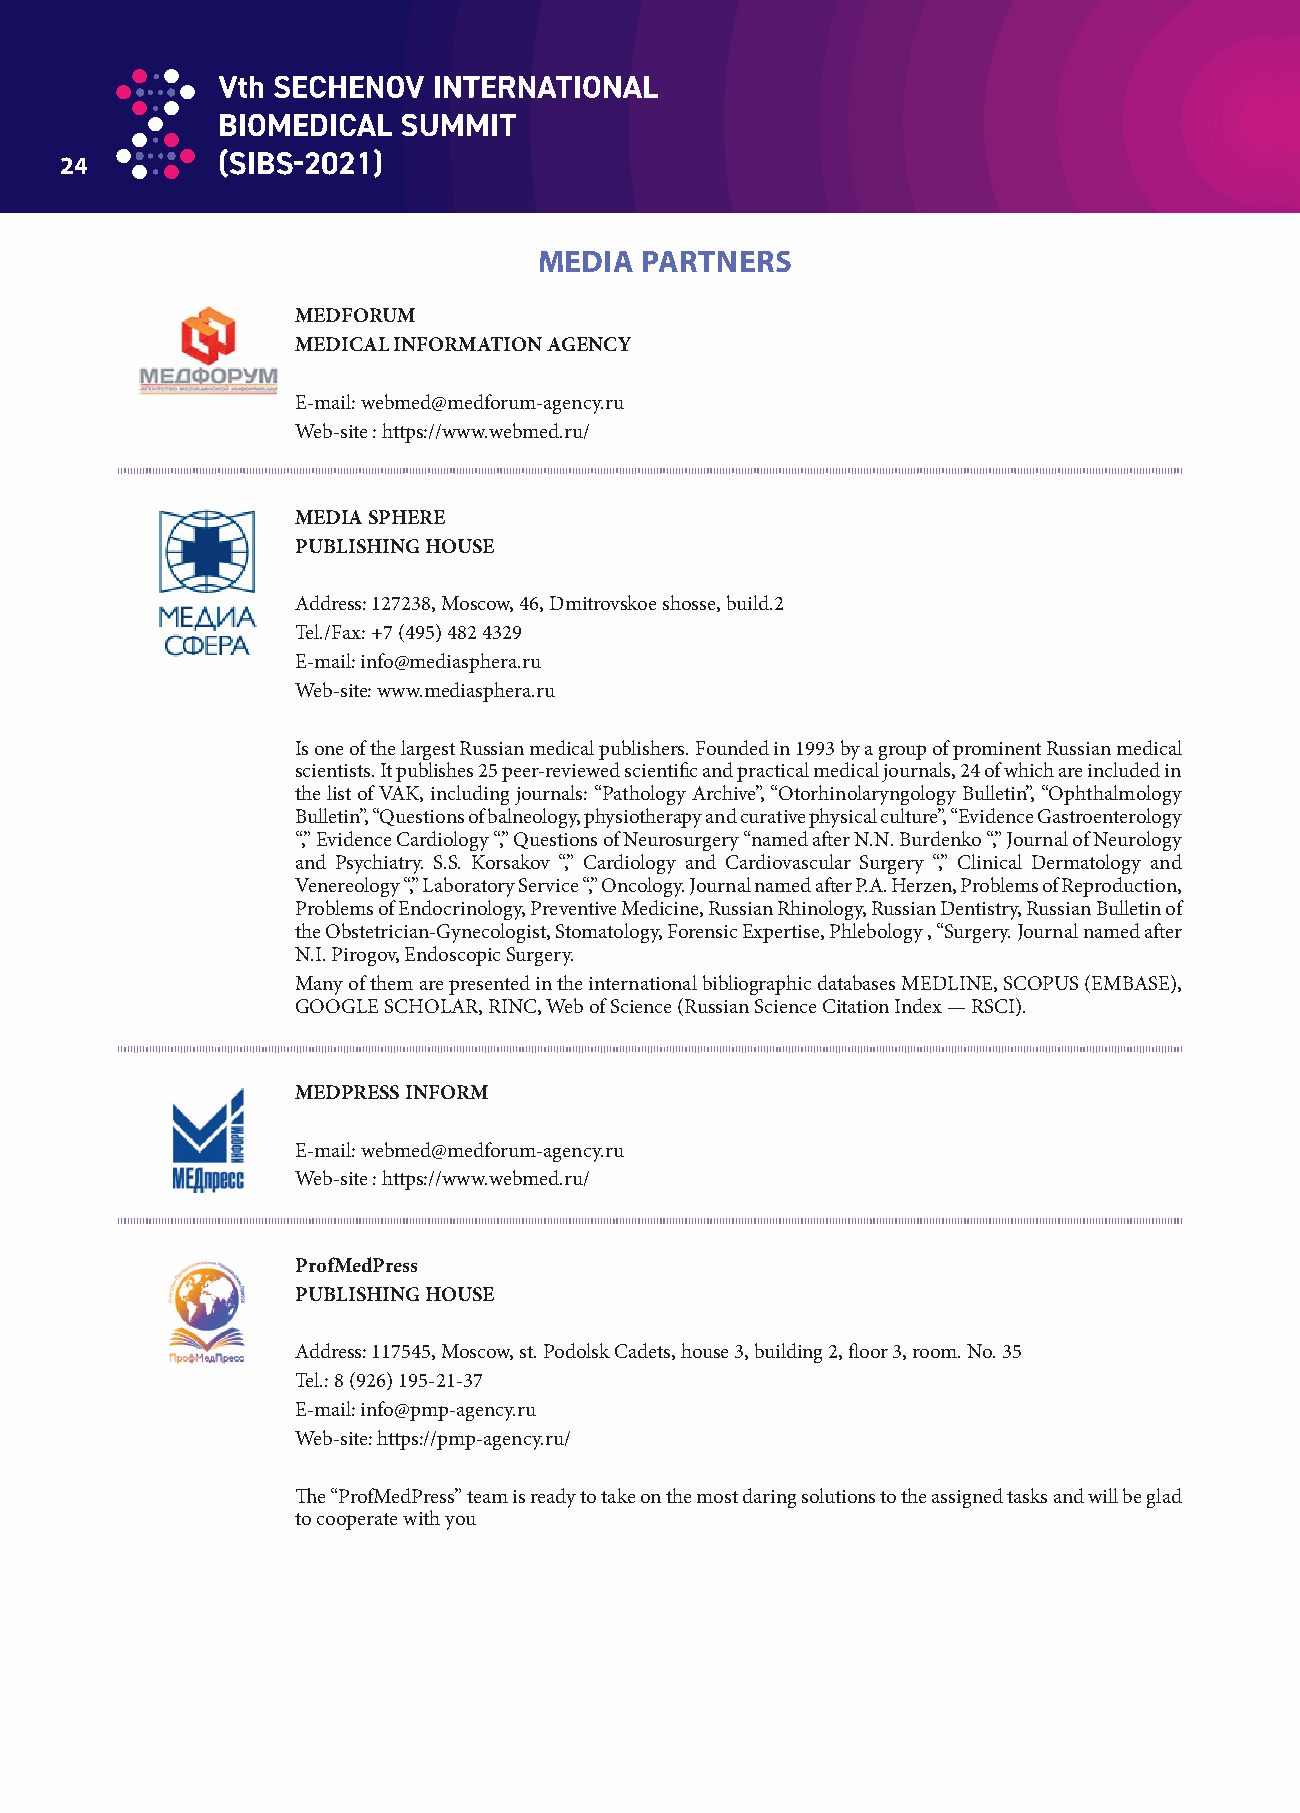
24
 MEDIA PARTNERS
 MEDFORUM
 MEDICAL INFORMATION AGENCY
 E-mail: webmed@medforum-agency.ru
 Web-site : https://www.webmed.ru/
 MEDIA SPHERE
 PUBLISHING HOUSE
 Address: 127238, Moscow, 46, Dmitrovskoe shosse, build.2
 Tel./Fax: +7 (495) 482 4329
 E-mail: info@mediasphera.ru
 Web-site: www.mediasphera.ru
 Is one of the largest Russian medical publishers. Founded in 1993 by a group of prominent Russian medical
 scientists. It publishes 25 peer-reviewed scientifi c and practical medical journals, 24 of which are included in
 the list of VAK, including journals: “Pathology Archive”, “Otorhinolaryngology Bulletin”, “Ophthalmology
 Bulletin”, “Questions of balneology, physiotherapy and curative physical culture”, “Evidence Gastroenterology
 “,” Evidence Cardiology “,” Questions of Neurosurgery “named aft er N.N. Burdenko “,” Journal of Neurology
 and Psychiatry. S.S. Korsakov “,” Cardiology and Cardiovascular Surgery “,” Clinical Dermatology and
 Venereology “,” Laboratory Service “,” Oncology. Journal named aft er P.A. Herzen, Problems of Reproduction,
 Problems of Endocrinology, Preventive Medicine, Russian Rhinology, Russian Dentistry, Russian Bulletin of
 the Obstetrician-Gynecologist, Stomatology, Forensic Expertise, Phlebology , “Surgery. Journal named aft er
 N.I. Pirogov, Endoscopic Surgery.
 Many of them are presented in the international bibliographic databases MEDLINE, SCOPUS (EMBASE),
 GOOGLE SCHOLAR, RINC, Web of Science (Russian Science Citation Index — RSCI).
 MEDPRESS INFORM
 E-mail: webmed@medforum-agency.ru
 Web-site : https://www.webmed.ru/
 ProfMedPress
 PUBLISHING HOUSE
 Address: 117545, Moscow, st. Podolsk Cadets, house 3, building 2, fl oor 3, room. No. 35
 Tel.: 8 (926) 195-21-37
 E-mail: info@pmp-agency.ru
 Web-site: https://pmp-agency.ru/
 Th e “ProfMedPress” team is ready to take on the most daring solutions to the assigned tasks and will be glad
 to cooperate with you